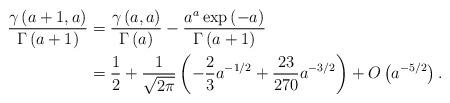
LaTeX: \begin{align*}\frac{\gamma\left( a+1,a\right) }{\Gamma\left( a+1\right) } &=\frac{\gamma\left( a,a\right) }{\Gamma\left( a\right) }-\frac{a^{a}\exp\left( -a\right) }{\Gamma\left( a+1\right) }\\& =\frac{1}{2}+\frac{1}{\sqrt{2\pi}}\left( -\frac{2}{3}a^{-1/2}+\frac{23}{270}a^{-3/2}\right) +O\left( a^{-5/2}\right) .\end{align*}